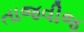
તાજવીજ